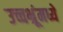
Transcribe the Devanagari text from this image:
उच्चभ्रूंमध्ये